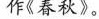
作《春秋》。